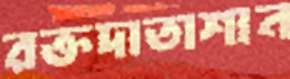
রক্তদাতাশান